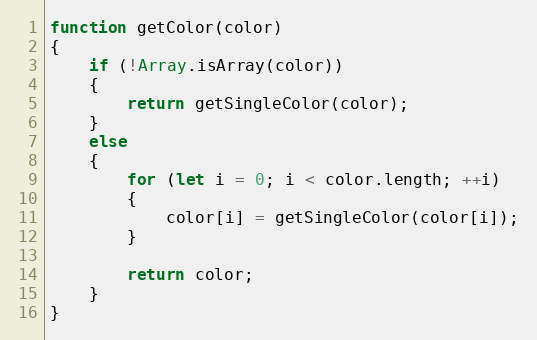
Language: JavaScript
function getColor(color)
{
    if (!Array.isArray(color))
    {
        return getSingleColor(color);
    }
    else
    {
        for (let i = 0; i < color.length; ++i)
        {
            color[i] = getSingleColor(color[i]);
        }

        return color;
    }
}